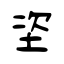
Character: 垐